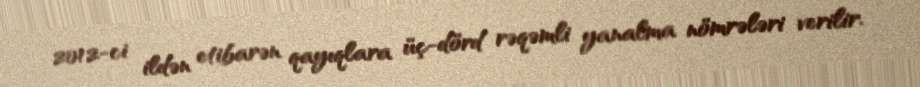
2012-ci ildən etibarən qayıqlara üç-dörd rəqəmli yanalma nömrələri verilir.